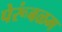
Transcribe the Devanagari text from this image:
पेरूंबळम